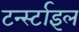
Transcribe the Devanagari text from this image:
टर्न्स्टाइल